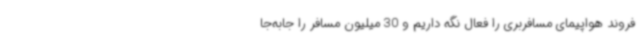
فروند هواپیمای مسافربری را فعال نگه داریم و 30 میلیون مسافر را جابه‌جا